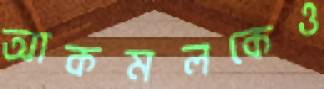
আকমলকেও